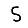
Digit: 5